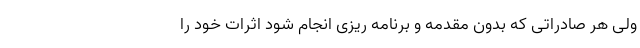
ولی هر صادراتی که بدون مقدمه و برنامه ریزی انجام شود اثرات خود را